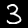
Digit: 3